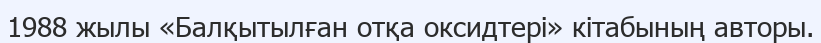
1988 жылы «Балқытылған отқа оксидтері» кітабының авторы.